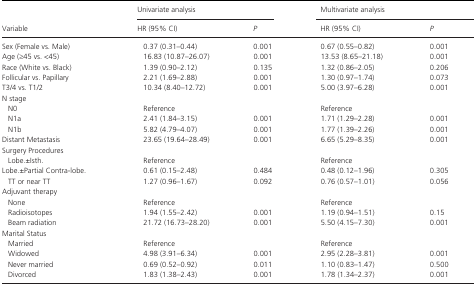
<table><thead><tr><td rowspan="2"><b>Variable</b></td><td colspan="2"><b>Univariate analysis</b></td><td colspan="2"><b>Multivariate analysis</b></td></tr><tr><td><b>HR (95% CI)</b></td><td><b><i>P</i></b></td><td><b>HR (95% CI)</b></td><td><b><i>P</i></b></td></tr></thead><tbody><tr><td>Sex (Female vs. Male)</td><td>0.37 (0.31–0.44)</td><td>0.001</td><td>0.67 (0.55–0.82)</td><td>0.001</td></tr><tr><td>Age (≥45 vs. &lt;45)</td><td>16.83 (10.87–26.07)</td><td>0.001</td><td>13.53 (8.65–21.18)</td><td>0.001</td></tr><tr><td>Race (White vs. Black)</td><td>1.39 (0.90–2.12)</td><td>0.135</td><td>1.32 (0.86–2.05)</td><td>0.206</td></tr><tr><td>Follicular vs. Papillary</td><td>2.21 (1.69–2.88)</td><td>0.001</td><td>1.30 (0.97–1.74)</td><td>0.073</td></tr><tr><td>T3/4 vs. T1/2</td><td>10.34 (8.40–12.72)</td><td>0.001</td><td>5.00 (3.97–6.28)</td><td>0.001</td></tr><tr><td colspan="5">N stage</td></tr><tr><td>N0</td><td>Reference</td><td>[EMPTY_CELL]</td><td>Reference</td><td>[EMPTY_CELL]</td></tr><tr><td>N1a</td><td>2.41 (1.84–3.15)</td><td>0.001</td><td>1.71 (1.29–2.28)</td><td>0.001</td></tr><tr><td>N1b</td><td>5.82 (4.79–4.07)</td><td>0.001</td><td>1.77 (1.39–2.26)</td><td>0.001</td></tr><tr><td>Distant Metastasis</td><td>23.65 (19.64–28.49)</td><td>0.001</td><td>6.65 (5.29–8.35)</td><td>0.001</td></tr><tr><td colspan="5">Surgery Procedures</td></tr><tr><td>Lobe.±Isth.</td><td>Reference</td><td>[EMPTY_CELL]</td><td>Reference</td><td>[EMPTY_CELL]</td></tr><tr><td>Lobe.±Partial Contra‐lobe.</td><td>0.61 (0.15–2.48)</td><td>0.484</td><td>0.48 (0.12–1.96)</td><td>0.305</td></tr><tr><td>TT or near TT</td><td>1.27 (0.96–1.67)</td><td>0.092</td><td>0.76 (0.57–1.01)</td><td>0.056</td></tr><tr><td colspan="5">Adjuvant therapy</td></tr><tr><td>None</td><td>Reference</td><td>[EMPTY_CELL]</td><td>Reference</td><td>[EMPTY_CELL]</td></tr><tr><td>Radioisotopes</td><td>1.94 (1.55–2.42)</td><td>0.001</td><td>1.19 (0.94–1.51)</td><td>0.15</td></tr><tr><td>Beam radiation</td><td>21.72 (16.73–28.20)</td><td>0.001</td><td>5.50 (4.15–7.30)</td><td>0.001</td></tr><tr><td colspan="5">Marital Status</td></tr><tr><td>Married</td><td>Reference</td><td>[EMPTY_CELL]</td><td>Reference</td><td>[EMPTY_CELL]</td></tr><tr><td>Widowed</td><td>4.98 (3.91–6.34)</td><td>0.001</td><td>2.95 (2.28–3.81)</td><td>0.001</td></tr><tr><td>Never married</td><td>0.69 (0.52–0.92)</td><td>0.011</td><td>1.10 (0.83–1.47)</td><td>0.500</td></tr><tr><td>Divorced</td><td>1.83 (1.38–2.43)</td><td>0.001</td><td>1.78 (1.34–2.37)</td><td>0.001</td></tr></tbody></table>